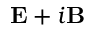
\mathbf { E } + i \mathbf { B }